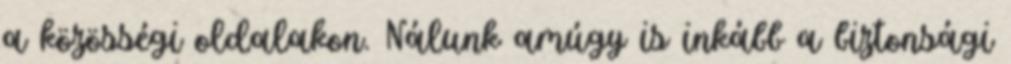
a közösségi oldalakon. Nálunk amúgy is inkább a biztonsági